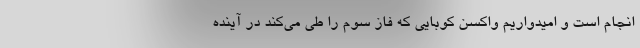
انجام است و امیدواریم واکسن کوبایی که فاز سوم را طی می‌کند در آینده